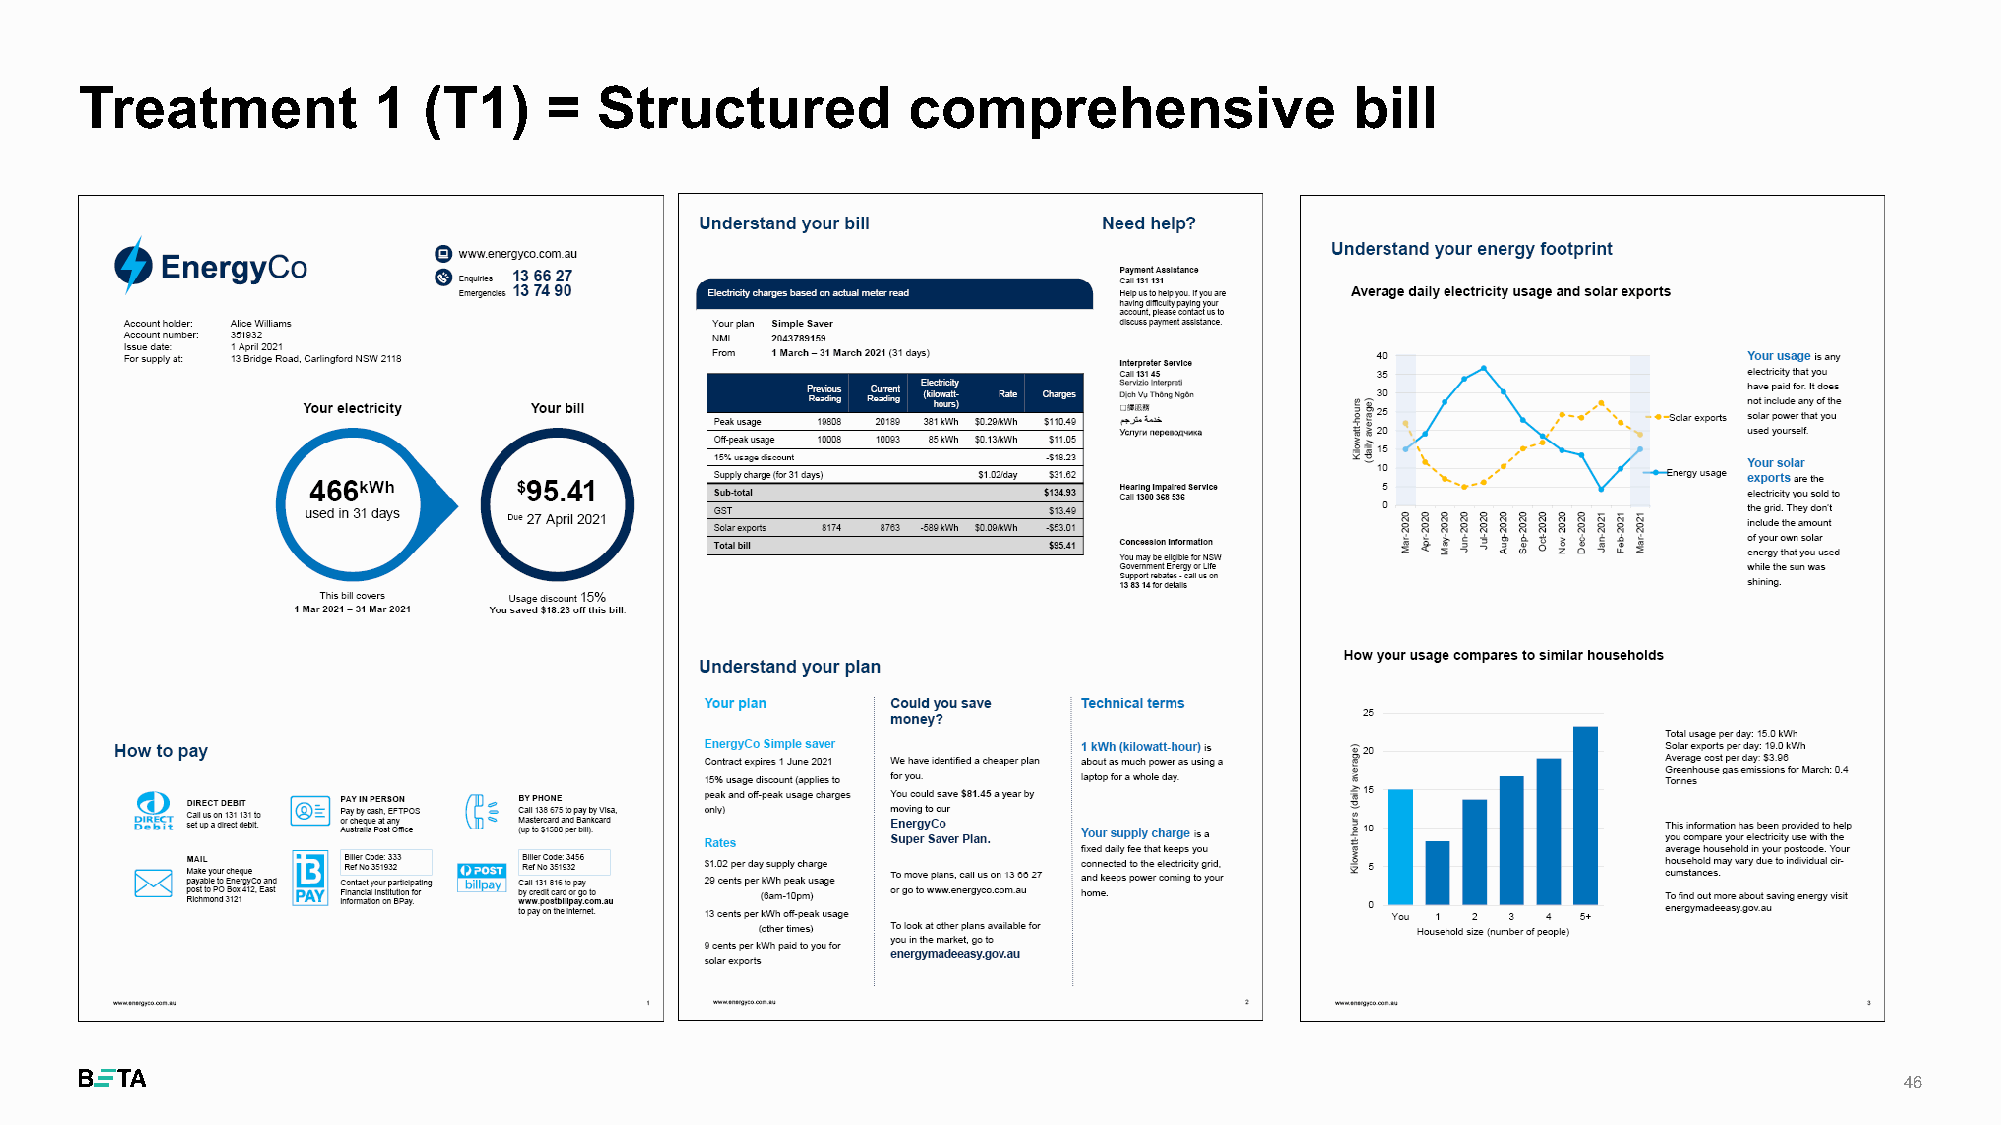
Treatment           1  (T1)    =   Structured          comprehensive                 bill
 46